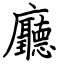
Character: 廳